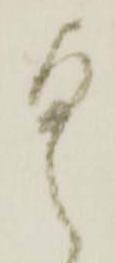
具